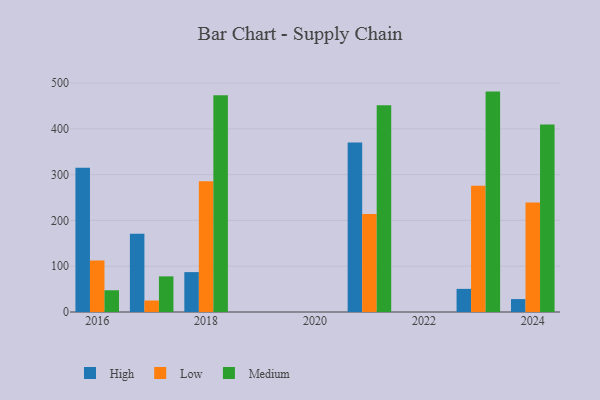
{"axis": {"x": "Year", "y": "Demand Index"}, "legend": ["High", "Low", "Medium"], "data": [{"x": "2021", "y": 370.2, "type": "High"}, {"x": "2021", "y": 214.0, "type": "Low"}, {"x": "2021", "y": 451.7, "type": "Medium"}, {"x": "2018", "y": 87.1, "type": "High"}, {"x": "2018", "y": 285.6, "type": "Low"}, {"x": "2018", "y": 473.2, "type": "Medium"}, {"x": "2017", "y": 171.0, "type": "High"}, {"x": "2017", "y": 25.1, "type": "Low"}, {"x": "2017", "y": 77.8, "type": "Medium"}, {"x": "2024", "y": 28.2, "type": "High"}, {"x": "2024", "y": 239.4, "type": "Low"}, {"x": "2024", "y": 409.7, "type": "Medium"}, {"x": "2023", "y": 50.5, "type": "High"}, {"x": "2023", "y": 275.9, "type": "Low"}, {"x": "2023", "y": 481.4, "type": "Medium"}, {"x": "2016", "y": 314.8, "type": "High"}, {"x": "2016", "y": 112.5, "type": "Low"}, {"x": "2016", "y": 47.5, "type": "Medium"}]}